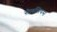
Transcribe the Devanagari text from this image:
सैलसियस